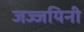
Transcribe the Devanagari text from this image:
जज्जयिनी